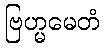
ဗြဟ္မမေတံ